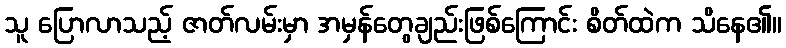
သူ ပြောလာသည့် ဇာတ်လမ်းမှာ အမှန်တွေချည်းဖြစ်ကြောင်း စိတ်ထဲက သိနေ၏။